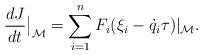
LaTeX: \begin{align*}\frac{dJ}{dt}\big\vert_\mathcal M=\sum_{i=1}^n F_i(\xi_i-\dot q_i\tau)\vert_\mathcal M.\end{align*}